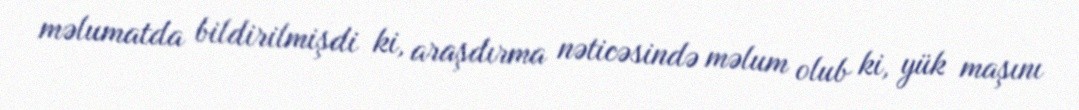
məlumatda bildirilmişdi ki, araşdırma nəticəsində məlum olub ki, yük maşını